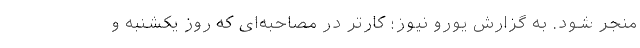
منجر شود. به گزارش یورو نیوز؛ کارتر در مصاحبه‌ای که روز یکشنبه و